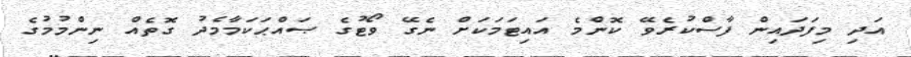
އަދި މިފަދައިން ފާސްކުރެވޭ ކޮންމެ އައިޓަމަކަށް ނެގޭ ވޯޓުގެ ޞައްޙަކަމާމެދު ގޮތެއް ނިންމުމުގެ